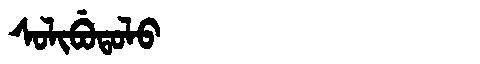
Manchu: ᠰᠣᠯᡳᠪᡠᡨᠣᠯᠣ
Romanization: SOLIBUTOLO